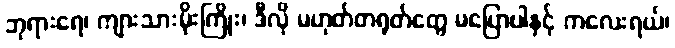
ဘုရားရေ၊ ကျားသားမိုးကြိုး၊ ဒီလို မဟုတ်တရုတ်တွေ မပြောပါနှင့် ကလေးရယ်၊